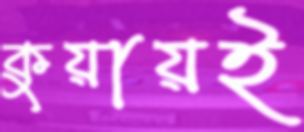
কুয়ায়ই